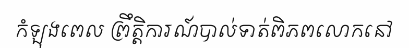
កំឡុងពេល ព្រឹត្តិការណ៍បាល់ទាត់ពិភពលោកនៅ